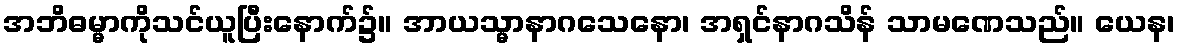
အဘိဓမ္မာကိုသင်ယူပြီးနောက်၌။ အာယသ္မာနာဂသေနော၊ အရှင်နာဂသိန် သာမဏေသည်။ ယေန၊